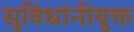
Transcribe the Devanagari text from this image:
सुविधांनीयुक्त